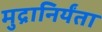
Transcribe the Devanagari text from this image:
मुद्रानिर्यंता